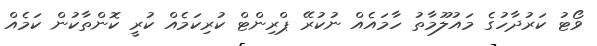
ވޯޓު ކަރުދާހުގެ މައުލޫމާތު ހާމައެއް ނުކުރޭ ޕްރިންޓް ކުރިކަމެއް ކުރީ ކޮންތާކުން ކަމެއް